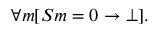
\forall m [ S m = 0 \rightarrow \bot ] .